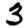
Digit: 3